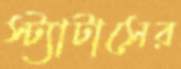
স্ট্যাটাসের